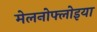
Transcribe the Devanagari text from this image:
मेलनोफ्लोइया